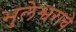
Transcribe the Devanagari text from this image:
भुलेश्वराचे